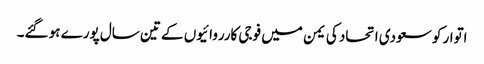
اتوار کو سعودی اتحاد کی یمن میں فوجی کارروائیوں کے تین سال پورے ہو گئے۔